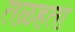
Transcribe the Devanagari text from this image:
तळहता